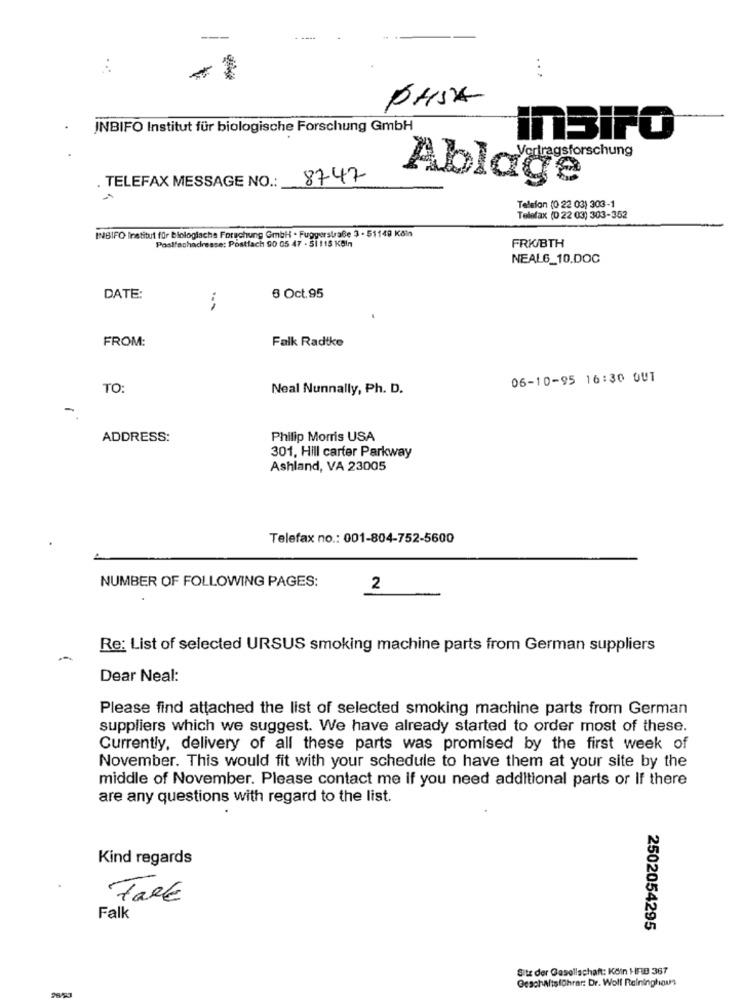
...
PAISA
INBIFO Institut für biologische Forschung GmbH
InSIFO
8747
Ablage
. TELEFAX MESSAGE NO .:
Telefon (0 22 03) 303-1
Telefax (0 22 03) 303-352
INBIFO Institut für biologiache Forschung GmbH - Fuggerstraße 3 - 51149 Köln
Postfachadresse: Postfach SO 05 47 - 51 115 KBIn
FRIGBTH
NEAL6_10.DOC
DATE:
6 Oct.95
FROM:
Falk Radtke
06-10-95 16:30 OUT
TO:
Neal Nunnally, Ph. D.
-
ADDRESS:
Philip Morris USA
301, Hill carter Parkway
Ashland, VA 23005
Telefax no .: 001-804-752-5600
NUMBER OF FOLLOWING PAGES:
2
Re: List of selected URSUS smoking machine parts from German suppliers
Dear Neal:
Please find attached the list of selected smoking machine parts from German
suppliers which we suggest. We have already started to order most of these.
Currently, delivery of all these parts was promised by the first week of
November. This would fit with your schedule to have them at your site by the
middle of November. Please contact me if you need additional parts or If there
are any questions with regard to the list.
Kind regards
Falk
Falk
2502054295
Sitz der Gesellschaft: Köin HFIB 367
Geschäftsführer: Dr. Wolf Raininghaus